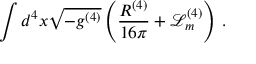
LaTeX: \int d ^ { 4 } x \sqrt { - g ^ { ( 4 ) } } \left( \frac { R ^ { ( 4 ) } } { 1 6 \pi } + \mathcal { L } _ { m } ^ { ( 4 ) } \right) \, .